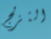
التزلج